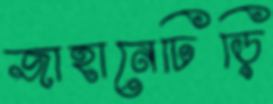
জাহানেঢিড়ি